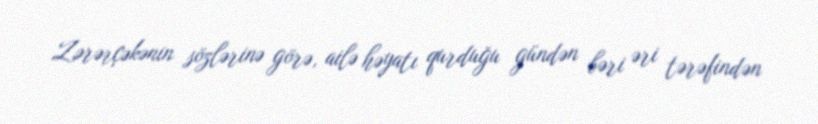
Zərərçəkənin sözlərinə görə, ailə həyatı qurduğu gündən bəri əri tərəfindən